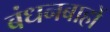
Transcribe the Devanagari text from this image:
बंधनबाहों